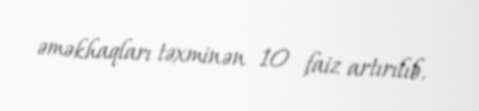
əməkhaqları təxminən 10 faiz artırılıb.